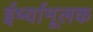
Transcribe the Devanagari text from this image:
ईर्ष्यामूलक